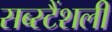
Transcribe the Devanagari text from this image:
सब्स्टैंशली